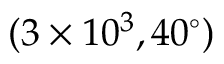
( 3 \times 1 0 ^ { 3 } , 4 0 ^ { \circ } )